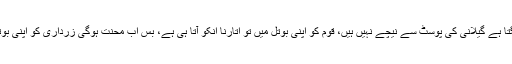
اب انکی نظریں لگتا ہے گیلانی کی پوسٹ سے نیچے نہیں ہیں، قوم کو اپنی بوتل میں تو اتارنا انکو آتا ہی ہے، بس اب محنت ہوگی زرداری کو اپنی بوتل میں اتارنے پر۔